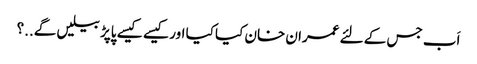
اَب جس کے لئے عمران خان کیا کیا اور کیسے کیسے پاپڑ بیلیں گے..؟